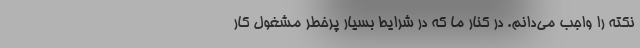
نکته را واجب می‌دانم. در کنار ما که در شرایط بسیار پرخطر مشغول کار